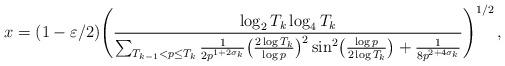
LaTeX: \begin{align*}x = (1 - \varepsilon/2) \Biggl(\frac{\log_2 T_k \log_4 T_k}{\sum_{T_{k-1} < p \leq T_k} \frac{1}{2 p^{1 + 2 \sigma_k}} \bigl( \frac{2 \log T_k}{\log p} \bigr)^2 \sin^2 \bigl( \frac{\log p}{2 \log T_k} \bigr) + \frac{1}{8p^{2 + 4 \sigma_k}}} \Biggr)^{1/2} \, , \end{align*}